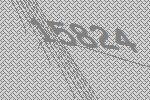
15824